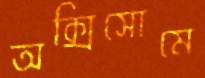
অক্সিসোমে